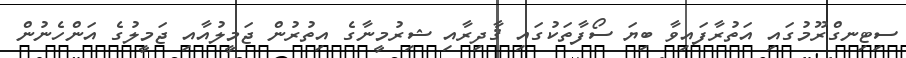
ސިޓިނގްރޫމުގައި އަތުރާފައިވާ ބިޔަ ސޯފާތަކުގައި ޤާދިރާއި ޝިރުމީނާގެ އިތުރުން ޖަމީލުއާއި ޖަމީލުގެ އަންހެނުން